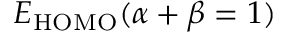
E _ { \mathrm { H O M O } } ( \alpha + \beta = 1 )